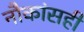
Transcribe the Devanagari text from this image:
नौकांसही